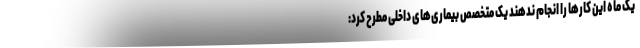
یک ماه این کارها را انجام ندهند یک متخصص بیماری‌های داخلی مطرح کرد: